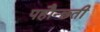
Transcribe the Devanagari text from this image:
पहौन्छ्ती